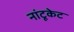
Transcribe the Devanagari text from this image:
नांटूकेट